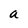
Character: a